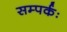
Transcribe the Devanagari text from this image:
सम्पर्कः